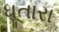
ધૂતારા